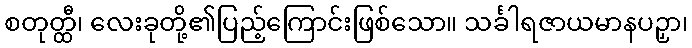
စတုတ္ထီ၊ လေးခုတို့၏ပြည့်ကြောင်းဖြစ်သော။ သင်္ခါရဇာယမာနပဉှာ၊